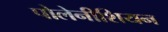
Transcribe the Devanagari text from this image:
पोलेनीशियन